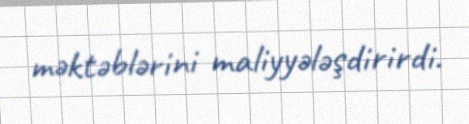
məktəblərini maliyyələşdirirdi.